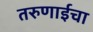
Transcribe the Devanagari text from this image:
तरुणाईचा